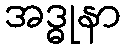
အဒ္ဓုနာ